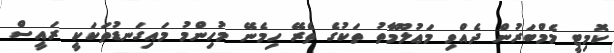
ކޮމިޓީ މެމްބަރުން ދެއްވި މަޢުލޫމާތު ތަކުގެ ތެރޭ ހިމެނޭ މުހިންމު މައިގަނޑުތަކަކީ ރައީސް